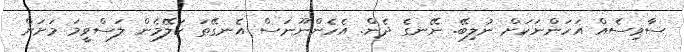
ސާވިސެއް އަހަންނަކަށް ނުލިބޭ. ނޭނގެ ދެން. އެހެންނޫނަސް އެނގޭތަ ކަލޭމެން ލަސްވީމަ މަށަށް